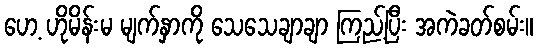
ဟေ့ ဟိုမိန်းမ မျက်နှာကို သေသေချာချာ ကြည့်ပြီး အကဲခတ်စမ်း။